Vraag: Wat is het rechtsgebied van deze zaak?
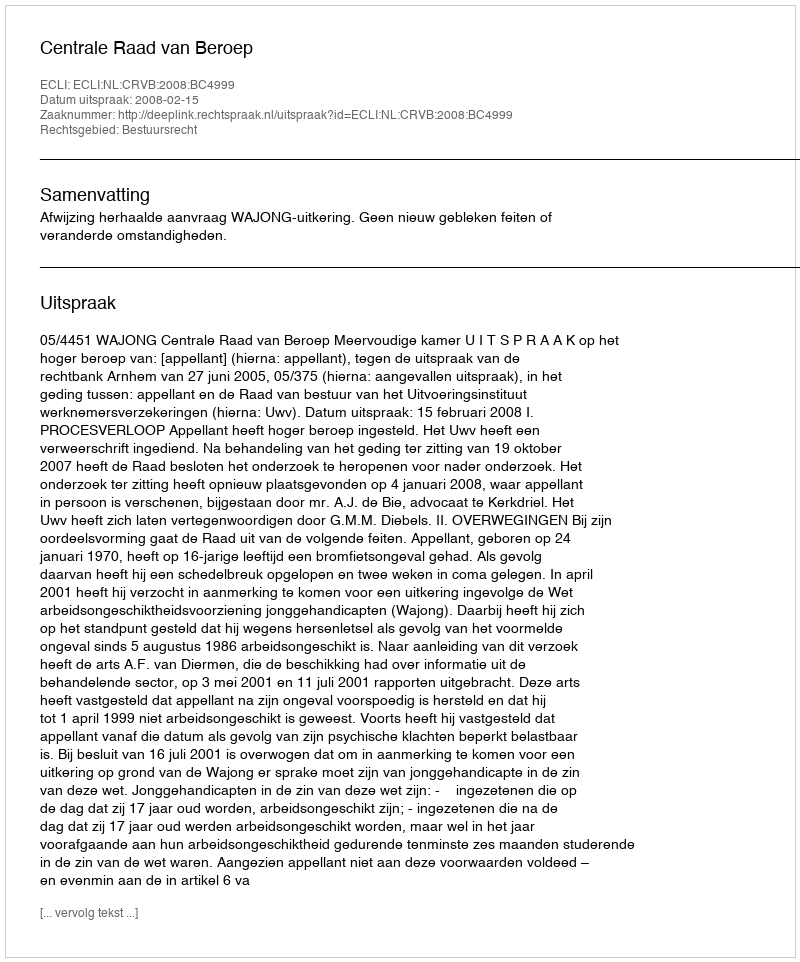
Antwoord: Bestuursrecht